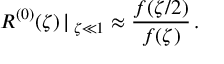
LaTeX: R ^ { ( 0 ) } ( \zeta ) \, | \, _ { \zeta \ll 1 } \approx \frac { f ( \zeta / 2 ) } { f ( \zeta ) } \, .